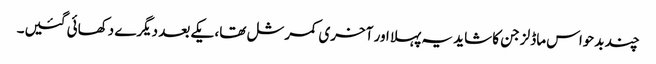
چند بدحواس ماڈلز جن کا شاید یہ پہلا اور آخری کمرشل تھا، یکے بعد دیگرے دکھائی گئیں۔